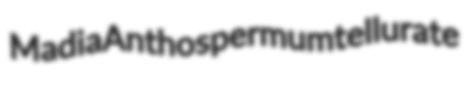
Madia Anthospermum tellurate